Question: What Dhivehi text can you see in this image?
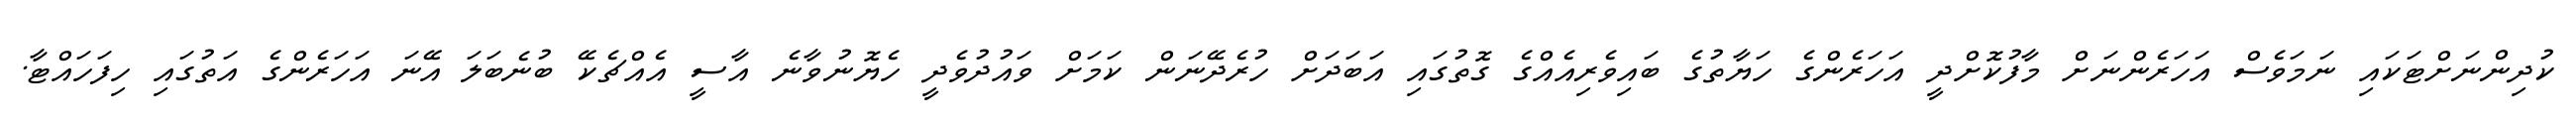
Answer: ކުދިންނަށްޓަކައި ނަމަވެސް އަހަރެންނަށް މާފުކޮށްދީ އަހަރެންގެ ހަޔާތުގެ ބައިވެރިއެއްގެ ގޮތުގައި އަބަދަށް ހުރެދޭނަން ކަމަށް ވައުދުވެދީ ހެޔޮނުވާނެ އާސީ އެއްޗެކޭ ބުނެބަލަ އޭނަ އަހަރެންގެ އަތުގައި ހިފަހައްޓާ.